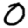
Digit: 0